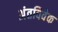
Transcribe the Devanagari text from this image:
अंतविवेक